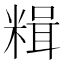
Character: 𫃇